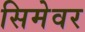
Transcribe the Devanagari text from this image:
सिमेवर